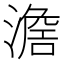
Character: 𣽃